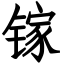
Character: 镓